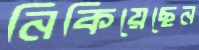
নিকিয়েছেন